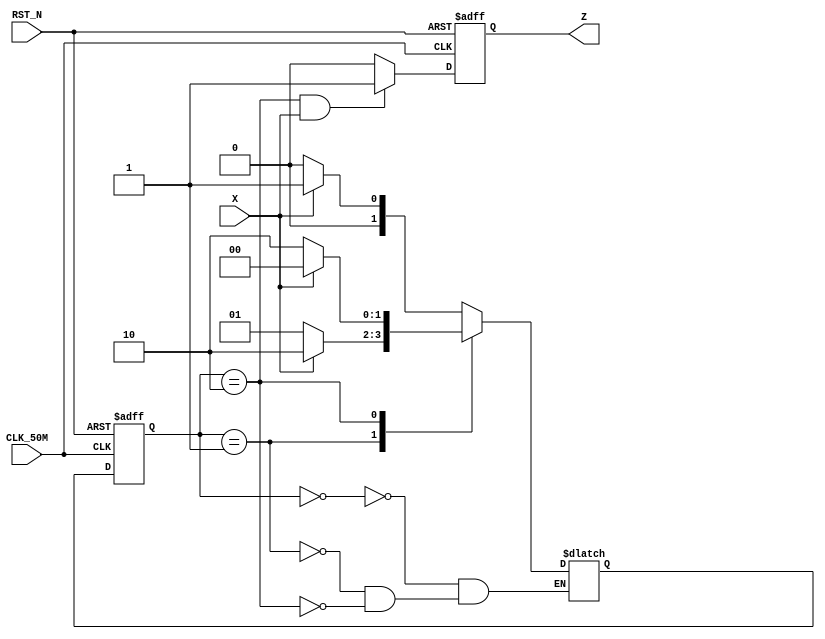
module Example_State
(
	X,Z,CLK_50M,RST_N
);

input		CLK_50M;
input 	RST_N;
input		X;
output	Z;

reg 		Z;
reg		Z_N;

parameter S0 = 2'b00;
parameter S1 = 2'b01;
parameter S2 = 2'b10;

reg [1:0] FSM_CS;
reg [1:0] FSM_NS;
//Hello
always @ (posedge CLK_50M or negedge RST_N)
begin
    if(!RST_N)
        FSM_CS <= 2'b00;
    else
        FSM_CS <= FSM_NS;
end

always @ (*)
begin
    case(FSM_CS)
    S0 :    
    begin
        if(X == 1'b1)
            FSM_NS = S1;
        else
            FSM_NS = S0;
    end
    S1 :    
    begin
        if(X == 1'b1)
            FSM_NS = S2;
        else
            FSM_NS = S1;
    end
    S2 :    
    begin
        if(X == 1'b1)
            FSM_NS = S0;
        else
            FSM_NS = S2;
    end
    endcase
end

always @ (posedge CLK_50M or negedge RST_N)
begin
    if(!RST_N)
        Z <= 1'b0;
    else
        Z <= Z_N;
end

always @ (*)
begin
    if((FSM_CS == S2) && (X == 1'b1))
        Z_N = 1'b1;
    else
        Z_N = 1'b0;
end

endmodule